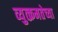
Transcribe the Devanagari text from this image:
व्युत्क्रमतेच्या